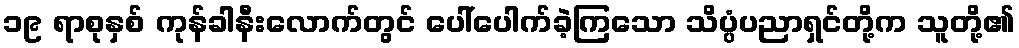
၁၉ ရာစုနှစ် ကုန်ခါနီးလောက်တွင် ပေါ်ပေါက်ခဲ့ကြသော သိပ္ပံပညာရှင်တို့က သူတို့၏